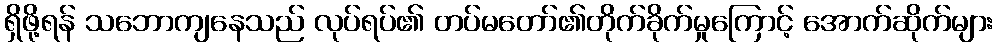
ရှိဖို့ရန် သဘောကျနေသည် လုပ်ရပ်၏ တပ်မတော်၏တိုက်ခိုက်မှုကြောင့် အောက်ဆိုက်များ